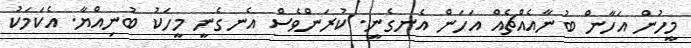
މީހުން އަހާން ބުނާއެއްޗެއް އަހަން އެނގެނީ. ކުރަންވެސް އެނގެނީ މީހަކު ބުނިއްޔާ. އެކަމަކު